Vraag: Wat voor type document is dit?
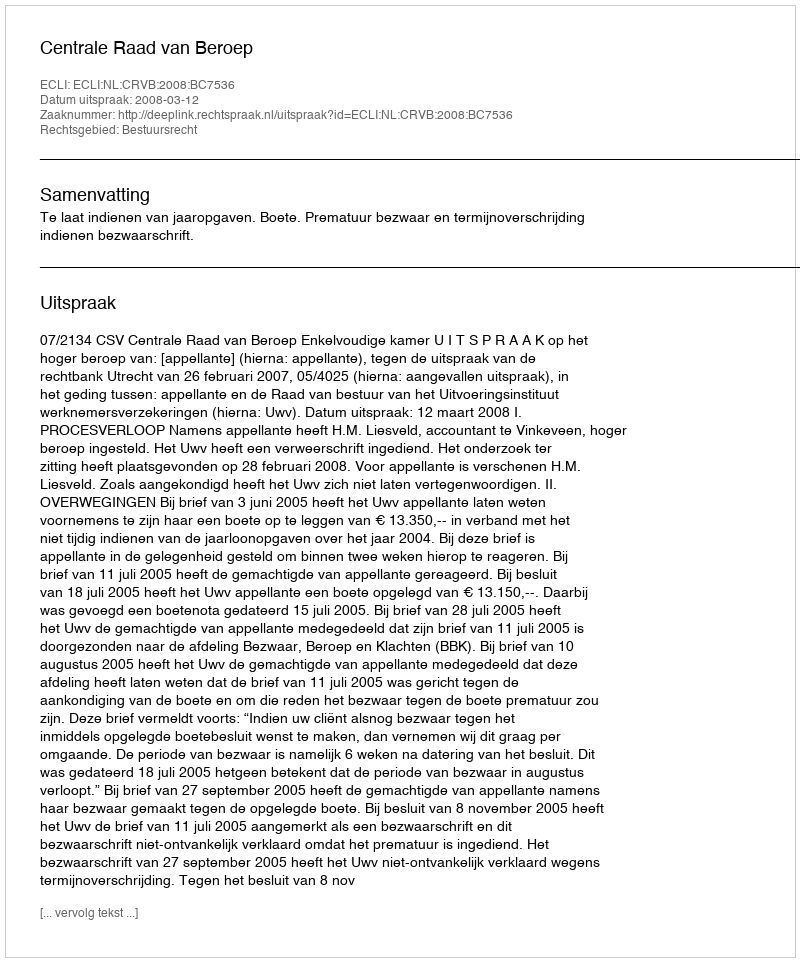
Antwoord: Uitspraak